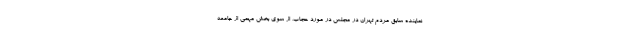
نماینده سابق مردم تهران در مجلس در مورد حجاب، از سوی بخش مهمی از جامعه